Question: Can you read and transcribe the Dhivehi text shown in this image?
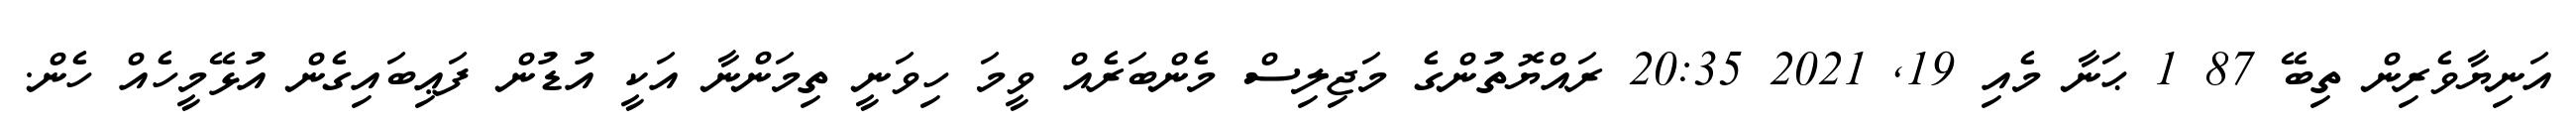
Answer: އަނިޔާވެރިން ތިބޭ 87 1 ޙަނާ މެއި 19, 2021 20:35 ރައްޔޮތުންގެ މަޖިލިސް މެންބަރެއް ވީމަ ހިވަނީ ތިމަންނާ އަކީ އުޑުން ފަޢިބައިގެން އުޅޭމީހެއް ހެން.